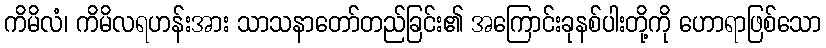
ကိမိလံ၊ ကိမိလရဟန်းအား သာသနာတော်တည်ခြင်း၏ အကြောင်းခုနစ်ပါးတို့ကို ဟောရာဖြစ်သော